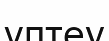
үптеу